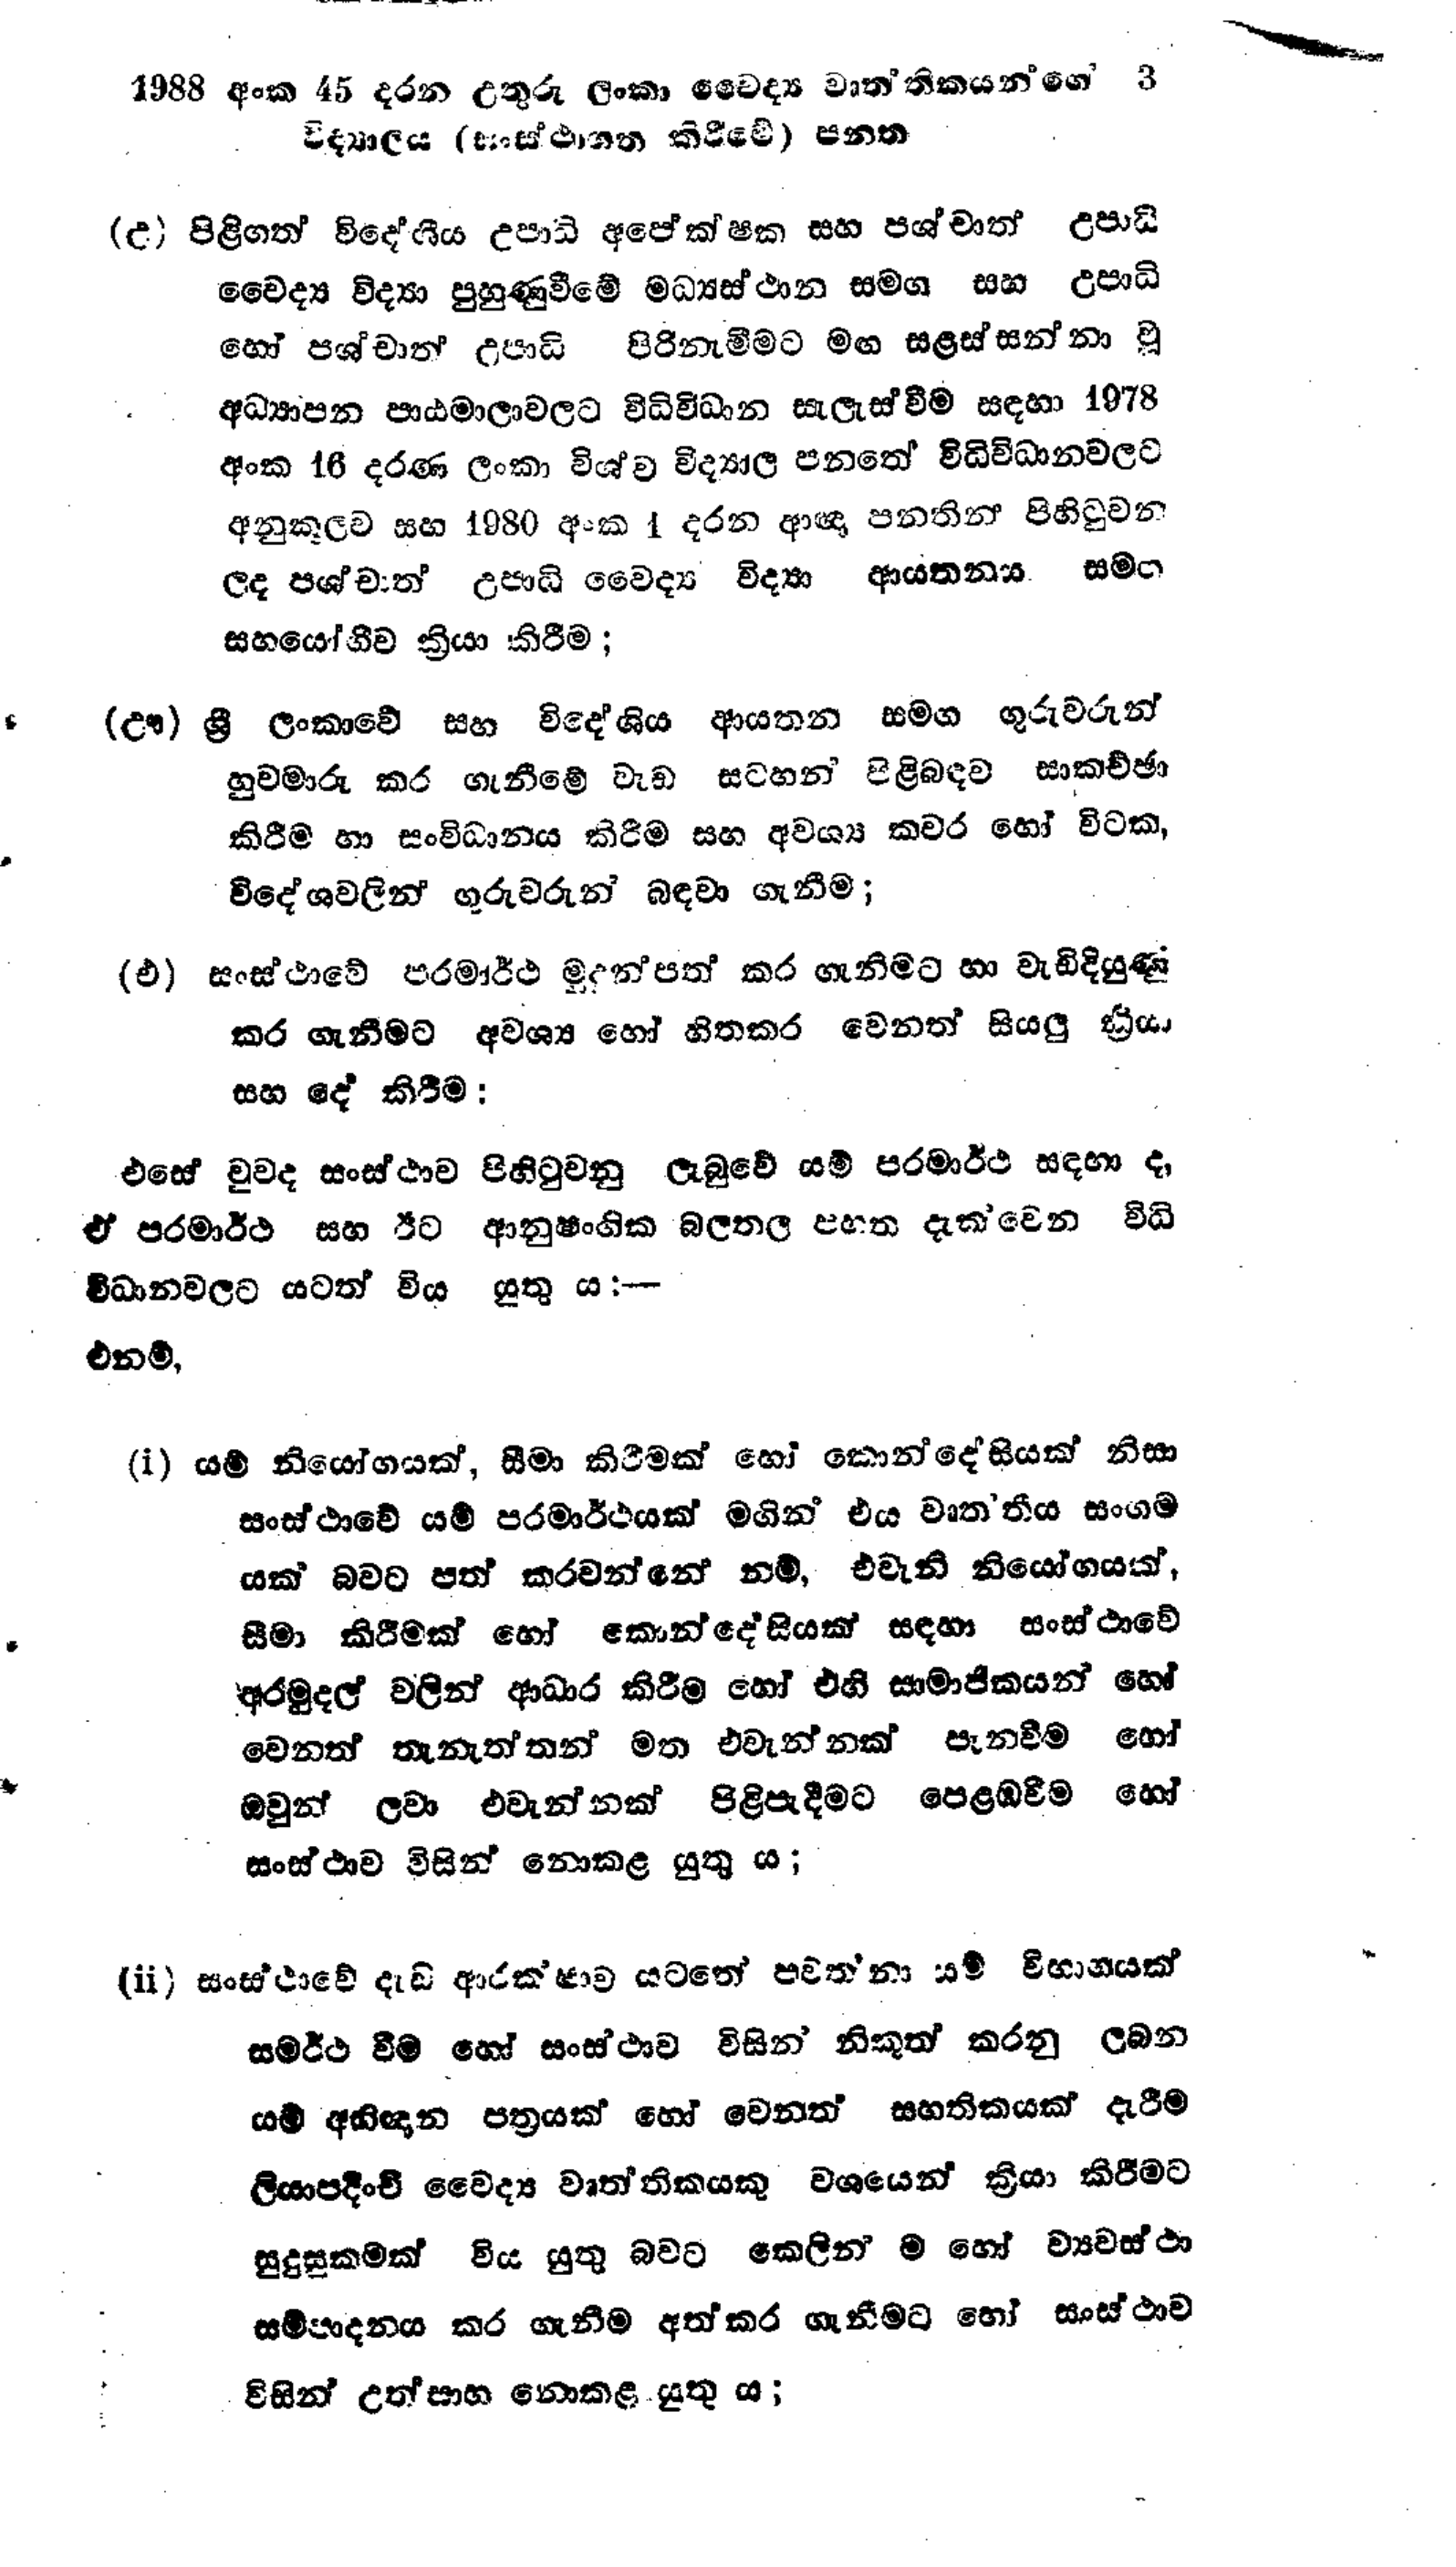
1988 අංක 45 දරන උතුරු ලංකා වෛද්‍ය වෘත්තිකයන්ගෙ 3
විද්‍යාලය (සංස්ථාගත කිරීමේ) පනත

(උ) පිළිගත් විදේශීය උපාධි අපේක්ෂක සහ පශ්චාත් උපාධි
වෛද්‍ය විද්‍යා පුහුණුවීමේ මධ්‍යස්ථාන සමග සහ උපාධි
හෝ පශ්චාත් උපාධි පිරිනැමීමට මඟ සළස්සන්නා වූ
අධ්‍යාපන පාඨමාලා වලට විධිවිධාන සැලැස්වීම සඳහා 1978
අංක 16 දරණ ලංකා විශ්ව විද්‍යාල පනතේ විධිවිධානවලට
අනුකූලව සහ 1980 අංක 1 දරන ආඥා පනතින් පිහිටුවන
ලද පශ්චාත් උපාධි වෛද්‍ය විද්‍යා ආයතනය සමග
සහයෝගීව ක්‍රියා කිරීම;

(ඌ) ශ්‍රී ලංකාවේ සහ විදේශිය ආයතන සමග ගුරුවරුන්
හුවමාරු කර ගැනීමේ වැඩ සටහන් පිළිබඳව සාකච්ඡා
කිරීම හා සංවිධානය කිරීම සහ අවශ්‍ය කවර හෝ විටක,
විදේශ වලින් ගුරුවරුන් බඳවා ගැනීම;

(එ) සංස්ථාවේ පරමාර්ථ මුදුන්පත් කර ගැනීමට හා වැඩි දියුණු
කර ගැනීමට අවශ්‍ය හෝ හිතකර වෙනත් සියලු ක්‍රියා
සහ දේ කිරීම:

එසේ වුවද සංස්ථාව පිහිටුවනු ලැබුවේ යම් පරමාර්ථ සඳහා ද,
ඒ පරමාර්ථ සහ ඊට ආනුෂංගික බලතල පහත දැක්වෙන විධි
විධානවලට යටත් විය යුතු ය:-
එනම්,

(i) යම් නියෝගයක්, සීමා කිරීමක් හෝ කොන්දේසියක් නිසා
සංස්ථාවේ යම් පරමාර්ථයක් මගින් එය වෘත්තීය සංගම
යක් බවට පත් කරවන් නම්, එවැනි නියෝගයක්,
සීමා කිරීමක් හෝ කොන්දේසියක් සඳහා සංස්ථාවේ
අරමුදල් වලින් ආධාර කිරීම හෝ එහි සාමාජිකයන් හෝ
වෙනත් තැනැත්තන් මත එවැන්නක් පැනවීම හෝ
ඔවුන් ලවා එවැන්නක් පිළිපැදීමට පෙළඹවීම හෝ
සංස්ථාව විසින් නොකළ යුතු ය;

(ii) සංස්ථාවේ දැඩි ආරක්ෂාව යටතේ පවත්නා යම් විභාගයක්
සමර්ථ වීම හෝ සංස්ථාව විසින් නිකුත් කරනු ලබන
යම් අභිඥාන පත්‍රයක් හෝ වෙනත් සහතිකයක් දැරීම
ලියාපදිංචි වෛද්‍ය වෘත්තිකයකු වශයෙන් ක්‍රියා කිරීමට
සුදුසුකමක් විය යුතු බවට කෙලින් ම හෝ ව්‍යවස්ථා
සම්පාදනය කර ගැනීම අත්කර ගැනීමට හෝ සංස්ථාව
විසින් උත්සාහ නොකළ යුතු ය;